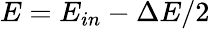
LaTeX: E=E_{in}-\Delta E/2